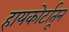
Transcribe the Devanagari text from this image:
हायकोर्टातून